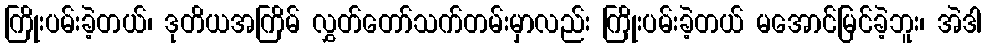
ကြိုးပမ်းခဲ့တယ်၊ ဒုတိယအကြိမ် လွှတ်တော်သက်တမ်းမှာလည်း ကြိုးပမ်းခဲ့တယ် မအောင်မြင်ခဲ့ဘူး၊ အဲဒါ